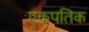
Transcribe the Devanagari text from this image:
एकपतिक